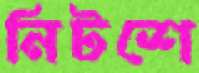
নিটশে